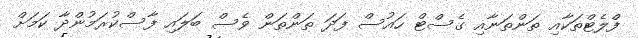
ފްލެޓްތަކާއި ތަންތަނާއި ގެސްޓް ހައުސް ފަދަ ތަންތަން ވެސް ބަލައި ފާސްކުރަމުންދާ ކަމަށް